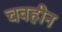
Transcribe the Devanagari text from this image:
चवहीन